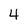
Character: 4